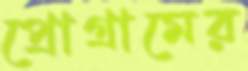
প্রোগ্রামের